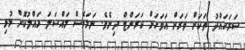
ސަރަހައްދު ތަކަށް ވަރަށް އަވަހަށް ކަރަންޓް ދިނެވެ. ނަމަވެސް މައްސަލަ ހައްލުކޮށް މުޅި